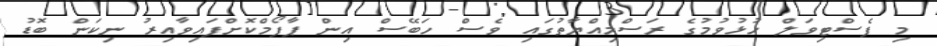
މި ފެސްޓިވަލް ހުޅުވުމުގެ ރަސްމިއްޔާތުގައި ވެސް ހަބޭސް އިން ޕާފޯމްކޮށްފައިވާއިރު ނިކަން ބޮޑު